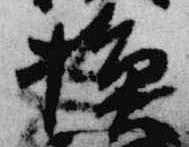
換